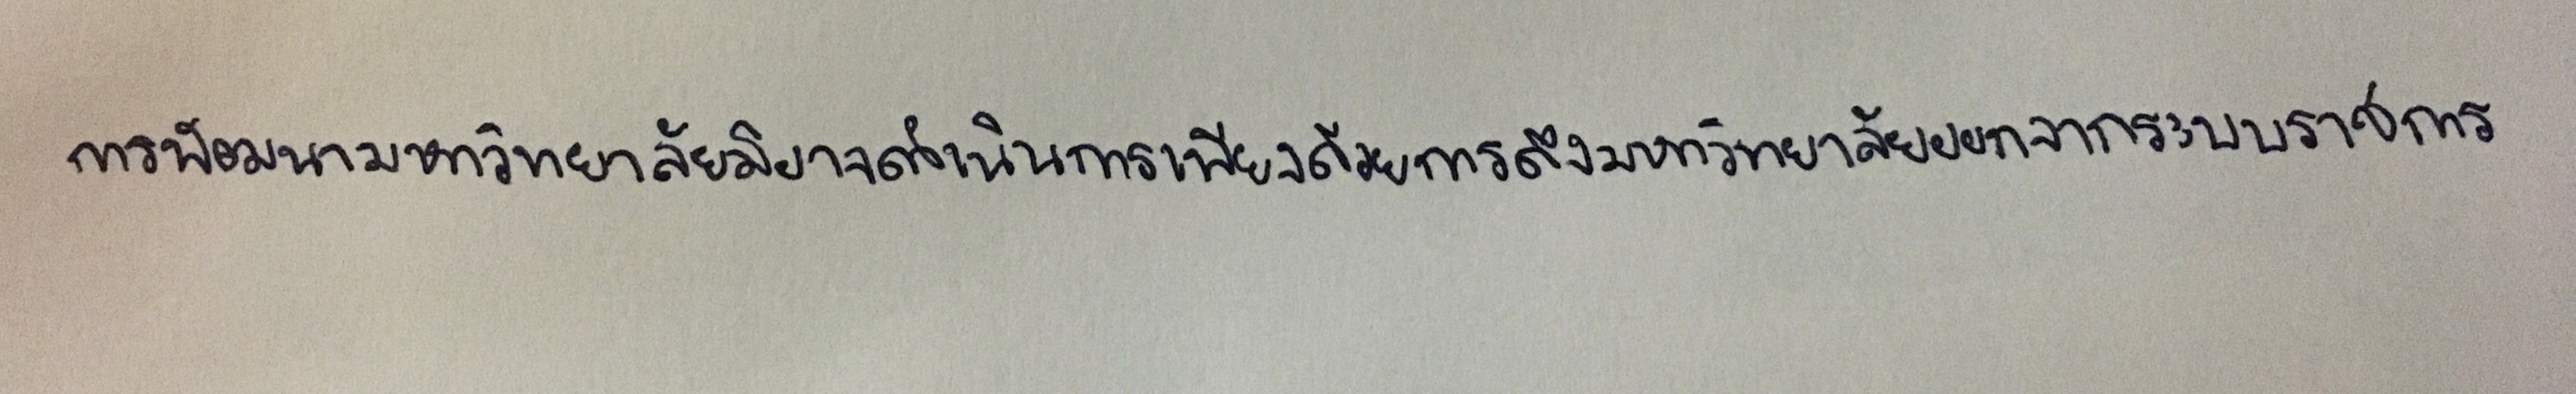
การพัฒนามหาวิทยาลัยมิอาจดำเนินการเพียงด้วยการดึงมหาวิทยาลัยออกจากระบบราชการ